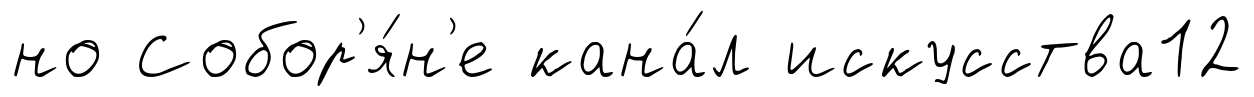
но Собор'я́н'е кана́л искусства12